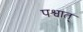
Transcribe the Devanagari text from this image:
पश्वात्